Vaccination report Assam 1874-1896 - 1874-1896
Year: 1874
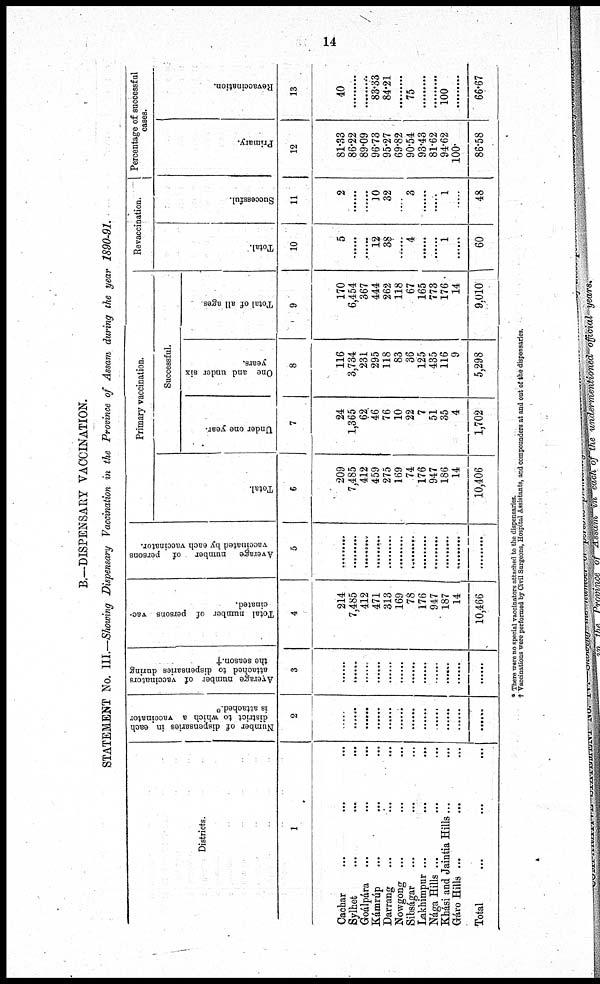
14
B.—DISPENSARY VACCINATION.
STATEMENT No. III.—Showing Dispensary Vaccination in the Province of Assam during the year 1890-91.
Districts.
1
Cachar ... ... ...
Sylhet ... ... ...
Goálpára ... ... ...
Kámrúp
...
...
...
Darrang ... ... ...
Nowgong ... ... ...
Sibságar ... ... ...
Lakhimpur
...
...
...
Nága Hills ... ... ...
Khási and Jaintia Hills ... ...
Gáro Hills ... ... ...
Total ... ... ...
Number of dispensaries in each
district to which a vaccinator
is attached.*
2
.........
.........
.........
.........
.........
.........
.........
.........
.........
.........
.........
.........
Average number of vaccinators
attached to dispensaries during
the season.†
3
......
......
......
......
......
......
......
......
......
......
......
......
Total number of persons vac-
cinated.
4
214
7,485
412
471
313
169
78
176
947
187
14
10,466
Average number of persons
vaccinated by each vaccinator.
5
.........
.........
.........
.........
.........
.........
.........
.........
.........
.........
.........
.........
Primary vaccination.
Total.
6
209
7,485
412
459
275
169
74
176
947
186
14
10,406
Successful.
Under one year.
7
24
1,365
62
46
76
10
22
7
51
35
4
1,702
One and under six
years.
8
116
3,734
231
295
118
83
36
125
435
116
9
5,298
Total of all ages.
9
170
6,454
367
444
262
118
67
165
773
176
14
9,010
Revaccination.
Total.
10
5
......
......
12
38
......
4
......
......
1
......
60
Successful.
11
2
.........
.........
10
32
.........
3
.........
.........
1
.........
48
Percentage of successful
cases.
Primary.
12
81.33
86.22
89.09
96.73
95.27
69.82
90.54
93.43
81.62
94.62
100.
86.58
Revaccination.
13
40
.........
.........
83.33
84.21
.........
75
.........
.........
100
.........
66.67
* There were no special vaccinators attached to the dispensaries.
† Vaccinations were performed by Civil Surgeons, Hospital Assistants, and compounders at and out of the dispensaries.